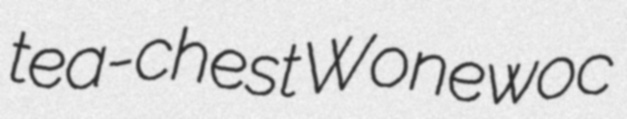
tea-chest Wonewoc